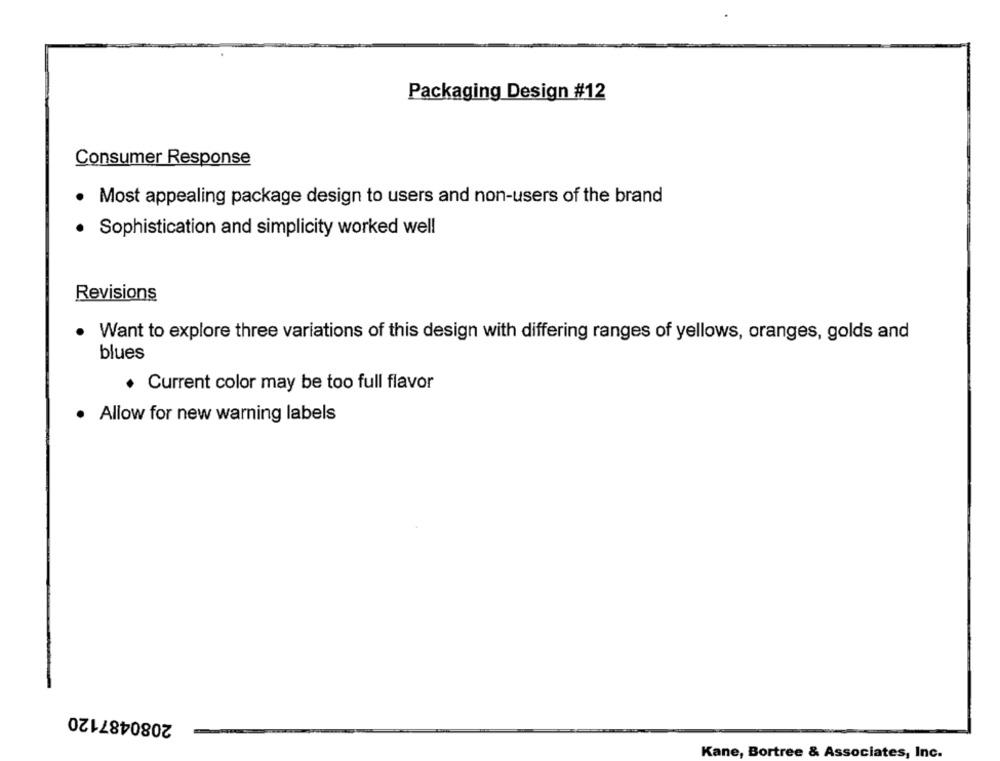
Packaging Design #12
Consumer Response
Most appealing package design to users and non-users of the brand
Sophistication and simplicity worked well
Revisions
Want to explore three variations of this design with differing ranges of yellows, oranges, golds and
blues
. Current color may be too full flavor
. Allow for new warning labels
2080487120
Kane, Bortree & Associates, Inc.